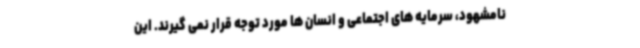
نامشهود، سرمایه های اجتماعی و انسان ها مورد توجه قرار نمی گیرند. این